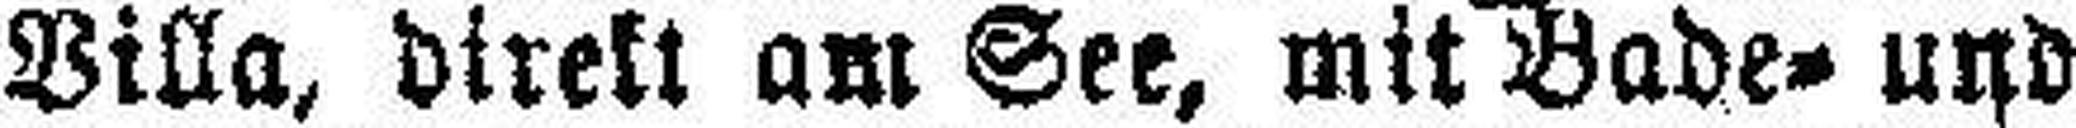
Villa, direkt am See, mit Bade= und